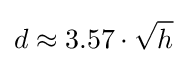
d\approx 3.57\cdot {\sqrt {h}}